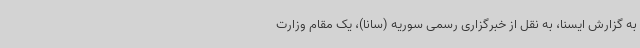
به گزارش ایسنا، به نقل از خبرگزاری رسمی سوریه (سانا)، یک مقام وزارت